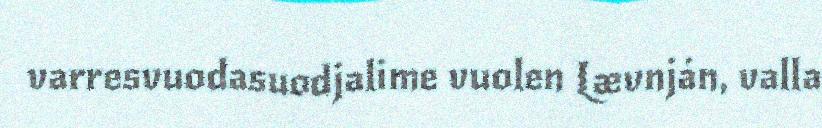
varresvuodasuodjalime vuolen Lævnján, valla